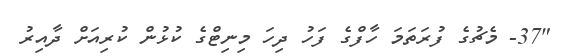
"37- މެޗުގެ ފުރަތަމަ ހާފްގެ ފަހު ދިހަ މިނިޓްގެ ކުޅުން ކުރިއަށް ދާއިރު